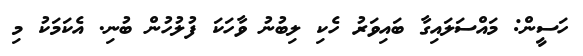
ހަސީން: މައްސަލައިގާ ބައިވަރު ހެކި ލިބުނު ވާހަކަ ފުލުހުން ބުނި. އެކަމަކު މި